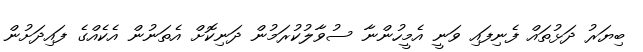
ބިޔަރު ދަޅުތައް ފެނިފައި ވަނީ އެމީހުންނާ ސުވާލުކުރަމުން ދަނިކޮށް އެތަނުން އެކެއްގެ ފައިދަށުން